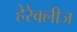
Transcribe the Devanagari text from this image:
हेरेक्लीज